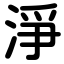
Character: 淨